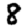
Digit: 8